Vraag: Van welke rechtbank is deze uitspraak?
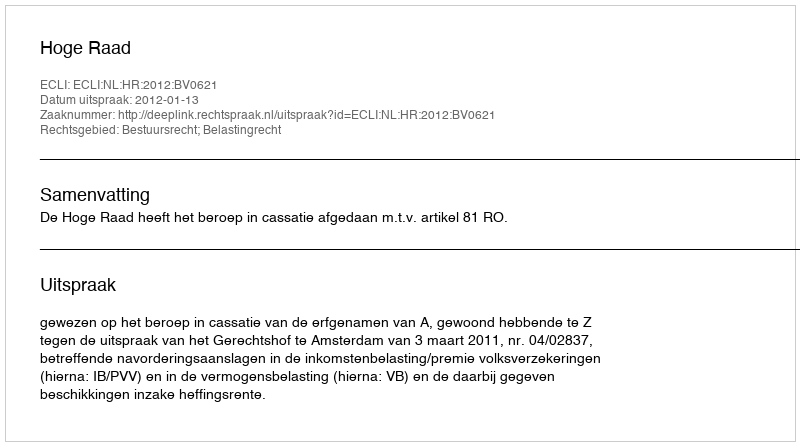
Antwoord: Hoge Raad